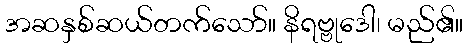
အဆနှစ်ဆယ်တက်သော်။ နိရဗ္ဗုဒေါ၊ မည်၏။